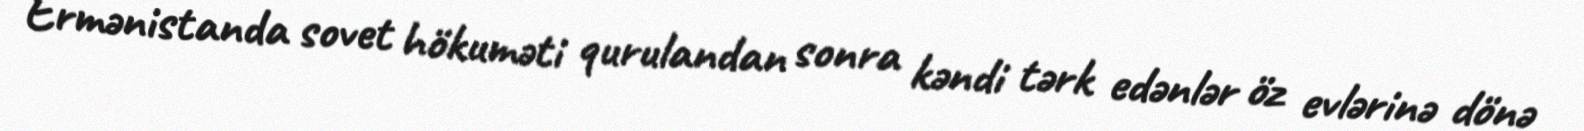
Ermənistanda sovet hökuməti qurulandan sonra kəndi tərk edənlər öz evlərinə dönə